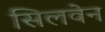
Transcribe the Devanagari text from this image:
सिलवेन